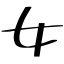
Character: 女